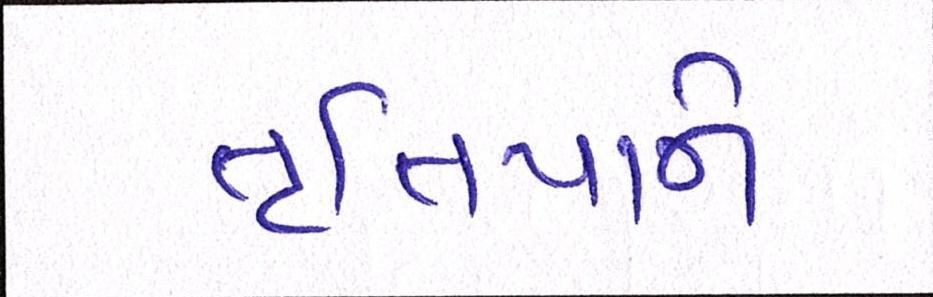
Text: તૃતિયાને